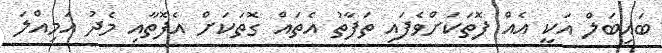
ބައިބަލް އަކީ އެއް ފޮތަކަށްވެފައި ތަފާތު އެތައް ގޮތަކަށް އެފޮތާއި މެދު އަމިއްލަ